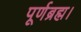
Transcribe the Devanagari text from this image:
पूर्णब्रह्म।